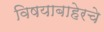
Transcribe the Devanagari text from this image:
विषयाबाहेरचे